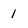
Character: i